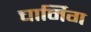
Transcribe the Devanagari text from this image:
चार्मिग